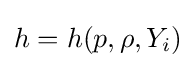
h=h(p,\rho ,Y_{i})